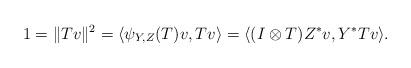
LaTeX: \begin{align*}1 = \|T v\|^2 = \langle \psi_{Y,Z}(T) v, T v \rangle = \langle (I \otimes T) Z^* v, Y^* T v \rangle.\end{align*}